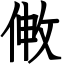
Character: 敒